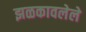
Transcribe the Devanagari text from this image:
झळकावलेले